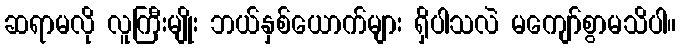
ဆရာမလို လူကြီးမျိုး ဘယ်နှစ်ယောက်များ ရှိပါသလဲ မကျော်စွာမသိပါ။